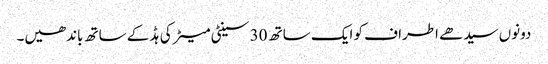
دونوں سیدھے اطراف کو ایک ساتھ 30 سینٹی میٹر کی ہڈ کے ساتھ باندھیں۔